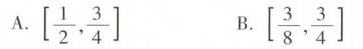
A.\left[ \frac { 1 } { 2 }, \frac { 3 } { 4 } \right]